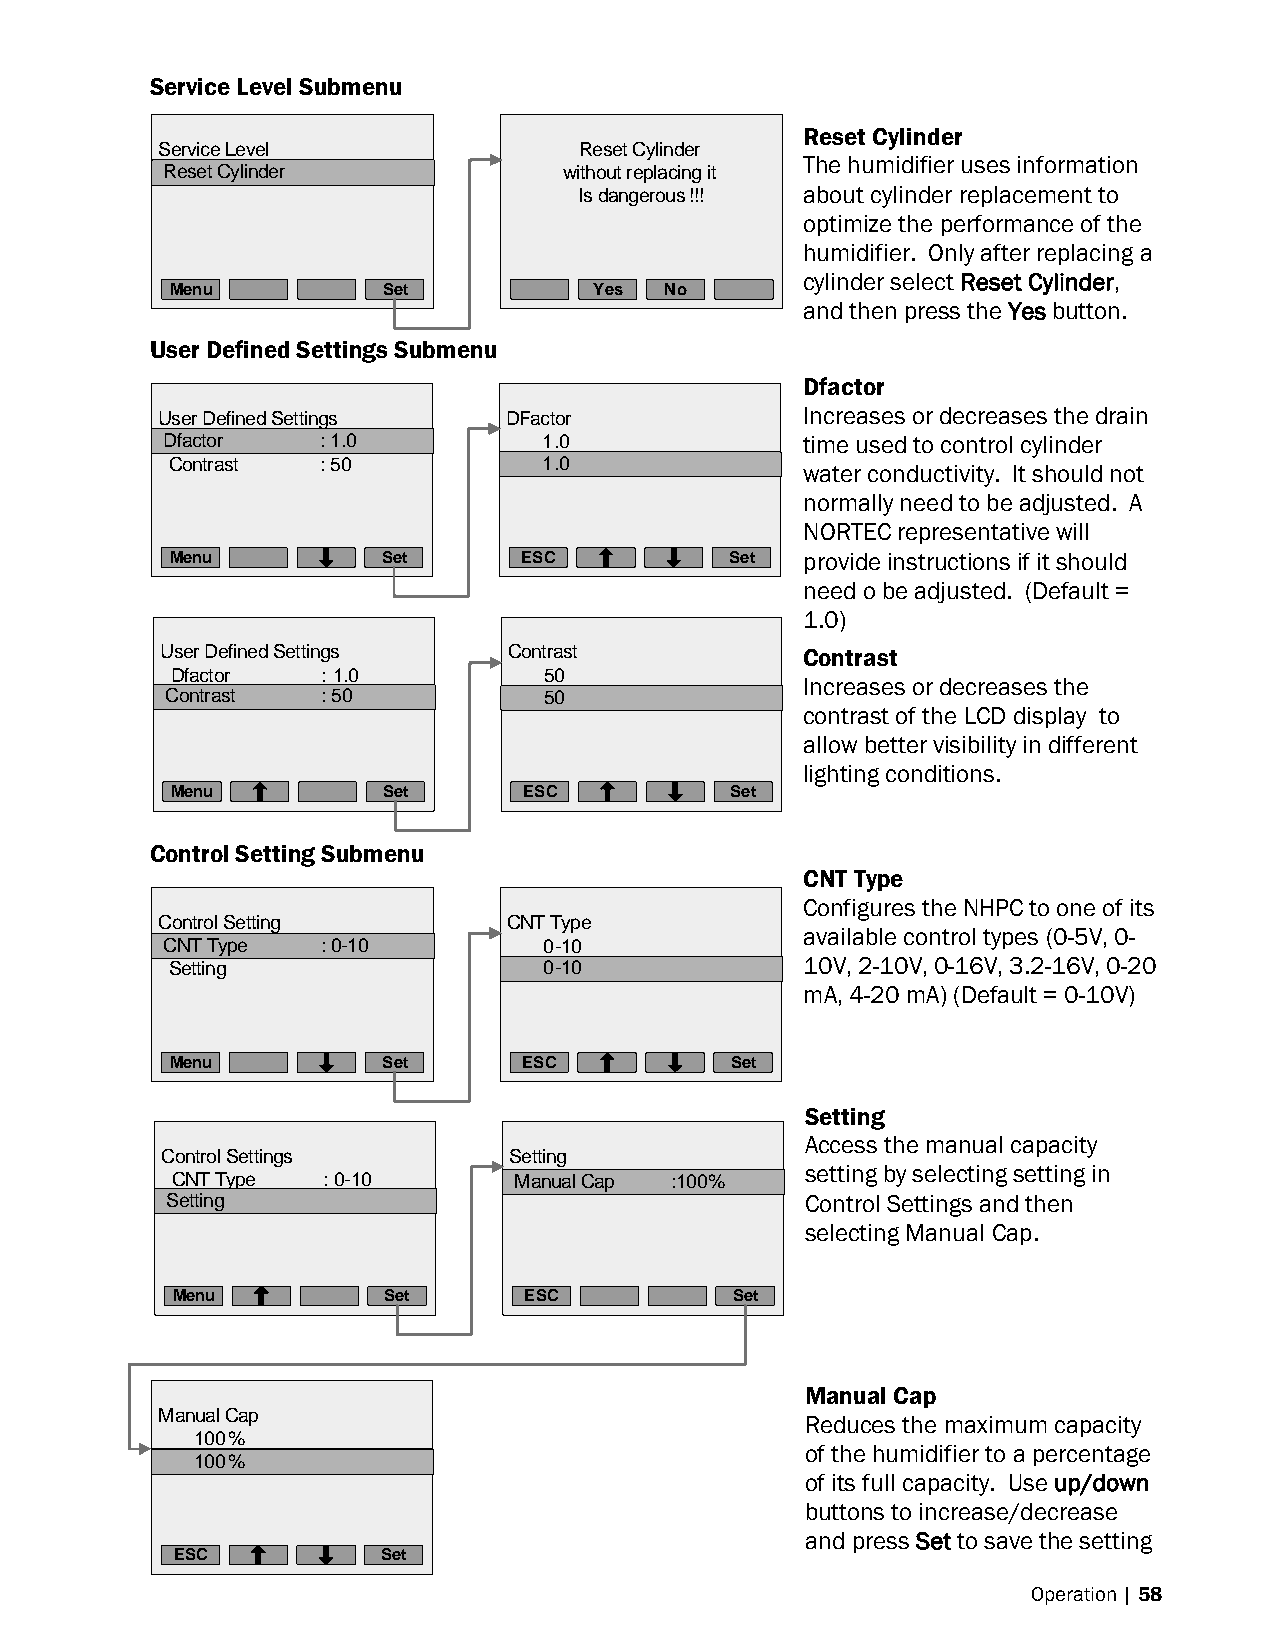
Service Level Submenu
 Reset Cylinder
 Service Level               Reset Cylinder
 The humidifier uses information
 RReesseett CCyylilninddeerr without replacing it
 Is dangerous!!! about cylinder replacement to
 optimize the performance of the
 humidifier. Only after replacing a
 cylinder select Reset Cylinder,
 Menu          Set           Yes  No
 and then press the Yes button.
 User Defined Settings Submenu
 Dfactor
 User Defined Settings  DFactor             Increases or decreases the drain
 DDffaaccttoorr :: 11..00 1.0              time used to control cylinder
 Contrast  : 50           11..00
 water conductivity. It should not
 normally need to be adjusted. A
 NORTEC representative will
 Menu          Set      ESC           Set  provide instructions if it should
 need o be adjusted. (Default =
 1.0)
 User Defined Settings  Contrast           Contrast
 Dfactor   : 1.0          50
 Increases or decreases the
 CCoonnttrraasstt :: 5500f 150.0
 contrast of the LCD display to
 allow better visibility in different
 lighting conditions.
 Menu          Set       ESC          Set
 Control Setting Submenu
 CNT Type
 Configures the NHPC to one of its
 Control Setting         CNT Type
 available control types (0-5V, 0-
 CCNNTT T Tyyppee :: 00--1100 0-10
 Setting                  10.-010          10V, 2-10V, 0-16V, 3.2-16V, 0-20
 mA, 4-20 mA) (Default = 0-10V)
 Menu          Set       ESC          Set
 Setting
 Access the manual capacity
 Control Settings       Setting
 setting by selecting setting in
 CNT Type  : 0-10       MMaannuuaall CCaapp ::110000%%
 SSeettttiningg                            Control Settings and then
 selecting Manual Cap.
 Menu          Set       ESC           Set
 Manual Cap
 Manual Cap                                 Reduces the maximum capacity
 100%
 of the humidifier to a percentage
 100%
 of its full capacity. Use up/down
 buttons to increase/decrease
 and press Set to save the setting
 ESC           Set
 Operation | 58